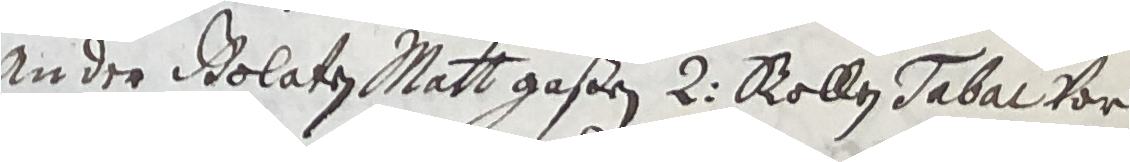
in der Dolaten Matt gaßen 2 Rollen Tabal Vor